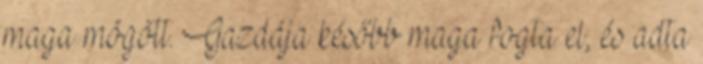
maga mögött. Gazdája később maga fogta el, és adta